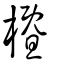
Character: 櫭